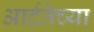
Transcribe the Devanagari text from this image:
आर्द्रतेच्या